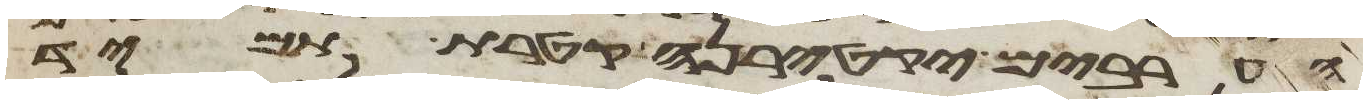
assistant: הערבים יקטירנה קטרת תמיד